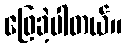
ဖြေခဲ့ပါတယ်။